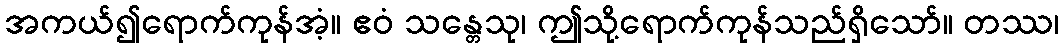
အကယ်၍ရောက်ကုန်အံ့။ ဧဝံ သန္တေသု၊ ဤသို့ရောက်ကုန်သည်ရှိသော်။ တဿ၊